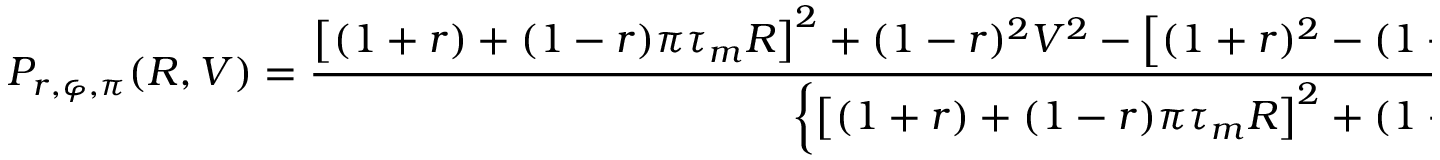
P _ { r , \varphi , \pi } ( R , V ) = \frac { \left[ ( 1 + r ) + ( 1 - r ) \pi \tau _ { m } R \right] ^ { 2 } + ( 1 - r ) ^ { 2 } V ^ { 2 } - \left[ ( 1 + r ) ^ { 2 } - ( 1 - r ) ^ { 2 } ( \pi ^ { 2 } \tau _ { m } ^ { 2 } R ^ { 2 } + V ^ { 2 } ) \right] \cos \varphi - 2 ( 1 - r ^ { 2 } ) V \sin \varphi } { \left\{ \left[ ( 1 + r ) + ( 1 - r ) \pi \tau _ { m } R \right] ^ { 2 } + ( 1 - r ) ^ { 2 } V ^ { 2 } \right\} ( 1 - r \cos \varphi ) } .